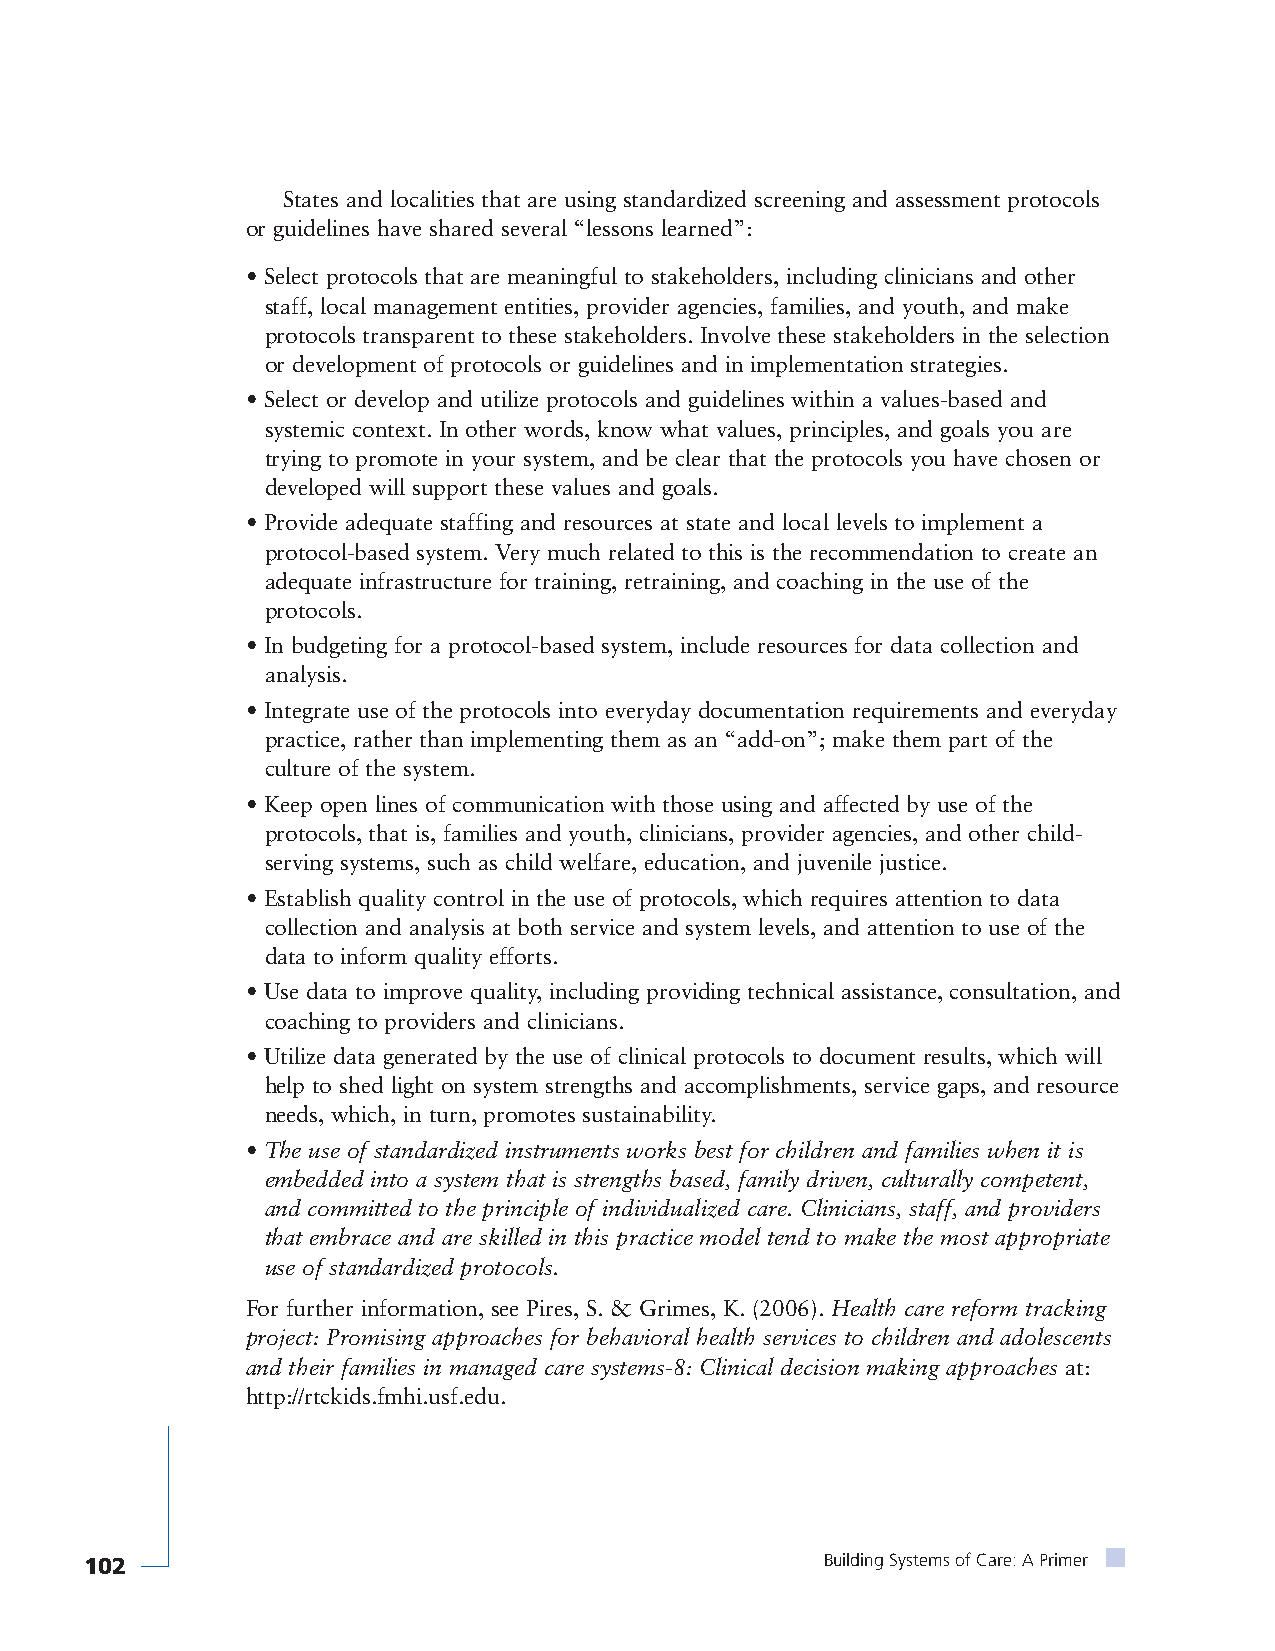
States and localities that are using standardized screening and assessment protocols
 or guidelines have shared several “lessons learned”:
 • Select protocols that are meaningful to stakeholders, including clinicians and other
 staff, local management entities, provider agencies, families, and youth, and make
 protocols transparent to these stakeholders. Involve these stakeholders in the selection
 or development of protocols or guidelines and in implementation strategies.
 • Select or develop and utilize protocols and guidelines within a values-based and
 systemic context. In other words, know what values, principles, and goals you are
 trying to promote in your system, and be clear that the protocols you have chosen or
 developed will support these values and goals.
 • Provide adequate staffing and resources at state and local levels to implement a
 protocol-based system. Very much related to this is the recommendation to create an
 adequate infrastructure for training, retraining, and coaching in the use of the
 protocols.
 • In budgeting for a protocol-based system, include resources for data collection and
 analysis.
 • Integrate use of the protocols into everyday documentation requirements and everyday
 practice, rather than implementing them as an “add-on”; make them part of the
 culture of the system.
 • Keep open lines of communication with those using and affected by use of the
 protocols, that is, families and youth, clinicians, provider agencies, and other child-
 serving systems, such as child welfare, education, and juvenile justice.
 • Establish quality control in the use of protocols, which requires attention to data
 collection and analysis at both service and system levels, and attention to use of the
 data to inform quality efforts.
 • Use data to improve quality, including providing technical assistance, consultation, and
 coaching to providers and clinicians.
 • Utilize data generated by the use of clinical protocols to document results, which will
 help to shed light on system strengths and accomplishments, service gaps, and resource
 needs, which, in turn, promotes sustainability.
 • The use of standardized instruments works best for children and families when it is
 embedded into a system that is strengths based, family driven, culturally competent,
 and committed to the principle of individualized care. Clinicians, staff, and providers
 that embrace and are skilled in this practice model tend to make the most appropriate
 use of standardized protocols.
 For further information, see Pires, S. & Grimes, K. (2006). Health care reform tracking
 project: Promising approaches for behavioral health services to children and adolescents
 and their families in managed care systems-8: Clinical decision making approaches at:
 http://rtckids.fmhi.usf.edu.
 102                                              Building Systems of Care: A Primer